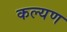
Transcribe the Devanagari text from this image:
कल्यण